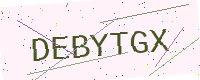
Text: DEBYTGX